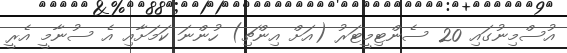
އުސްމިނުގައި 20 ސެންޓިމީޓަރު (އަށް އިންޗި) ހުންނަ ކަމަށާއި އެ ސުނާމީ އެރީ